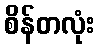
စိန်တလုံး